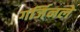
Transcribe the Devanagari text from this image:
गर्जिनले